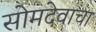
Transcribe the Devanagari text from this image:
सोमदेवाचा